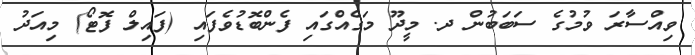
ވިއްސާރަ ވުމުގެ ސަބަބުން ދ. މީދޫ މަގެއްގައި ފެންބޮޑުވެފައި (ފައިލް ފޮޓޯ) މިއަދު